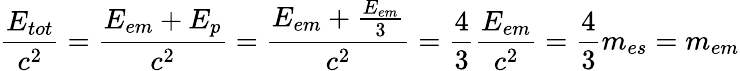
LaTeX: {\frac{E_{tot}}{c^{2}}}={\frac{E_{em}+E_{p}}{c^{2}}}={\frac{E_{em}+{\frac{E_{em}}{3}}}{c^{2}}}={\frac{4}{3}}{\frac{E_{em}}{c^{2}}}={\frac{4}{3}}m_{es}=m_{em}